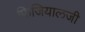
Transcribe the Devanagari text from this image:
फिजियालजी